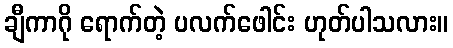
ချီကာဂို ရောက်တဲ့ ပလက်ဖေါင်း ဟုတ်ပါသလား။